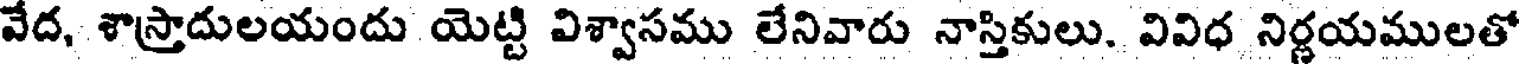
వేద, శాస్రాదులయందు యెట్టి విశ్వాసము లేనివారు నాస్తికులు. వివిధ నిర్ణయములతో